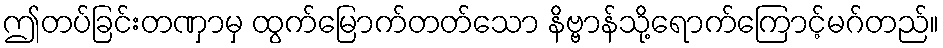
ဤတပ်ခြင်းတဏှာမှ ထွက်မြောက်တတ်သော နိဗ္ဗာန်သို့ရောက်ကြောင့်မဂ်တည်။